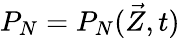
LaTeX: P_{N}=P_{N}(\vec{Z},t)